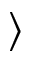
\rangle